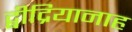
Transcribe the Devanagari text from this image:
द्बीद्रियानाह